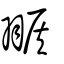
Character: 翭